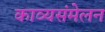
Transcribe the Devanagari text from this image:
काव्यसंमेलन